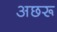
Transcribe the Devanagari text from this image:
अछरू